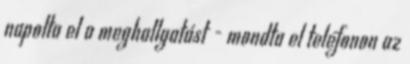
napolta el a meghallgatást - mondta el telefonon az